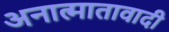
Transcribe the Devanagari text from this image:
अनात्मातावादी